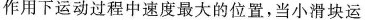
作用下运动过程中速度最大的位置，当小滑块运